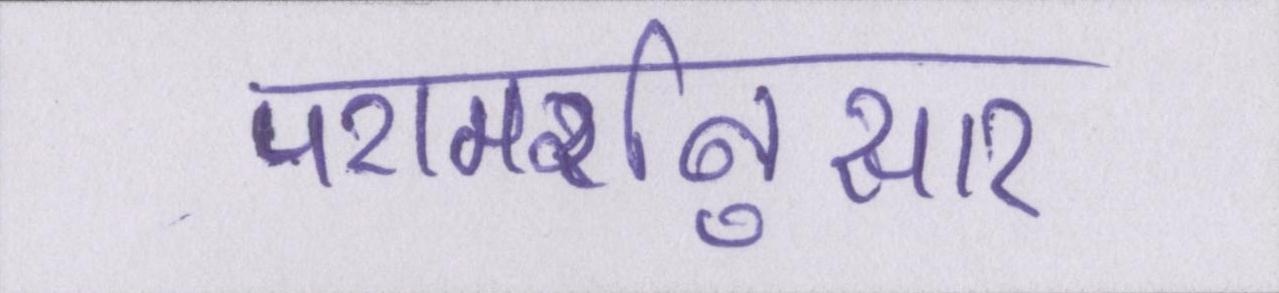
परामर्शनुसार